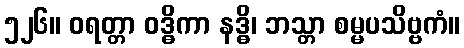
၅၂၆။ ဝရတ္တာ ဝဒ္ဓိကာ နဒ္ဓိ၊ ဘသ္တာ စမ္မပသိဗ္ဗကံ။